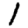
Digit: 1